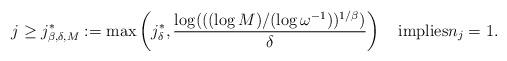
LaTeX: \begin{align*}j\ge j^{*}_{\beta,\delta,M}:=\max\left(j^*_\delta,\frac{\log(((\log M)/(\log\omega^{-1}))^{1/\beta})}{\delta}\right)\quad\textnormal{implies}n_j=1.\end{align*}